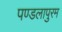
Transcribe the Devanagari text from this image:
पण्डलापुरम